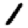
Digit: 1